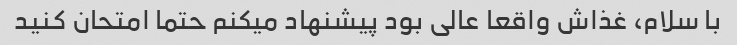
با سلام، غذاش واقعا عالی بود پیشنهاد میکنم حتما امتحان کنید